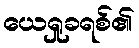
ယေရှုခရစ်၏